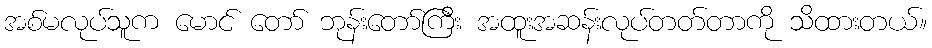
အစ်မလုပ်သူက မောင် တော် ဘုန်းတော်ကြီး အထူးအဆန်းလုပ်တတ်တာကို သိထားတယ်။